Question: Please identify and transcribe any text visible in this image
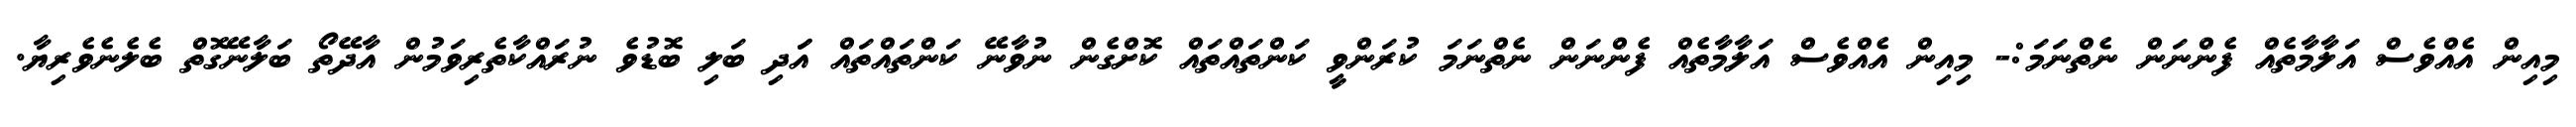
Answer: މިއިން އެއްވެސް އަލާމާތެއް ފެންނަން ނެތްނަމަ:- މިއިން އެއްވެސް އަލާމާތެއް ފެންނަން ނެތްނަމަ ކުރަންވީ ކަންތައްތައް ކޮށްގެން ނުވާނޭ ކަންތައްތައް އަަދި ބަލި ބޮޑުވެ ނުރައްކާތެރިވަމުން އާދޭތޯ ބަލާނޭގޮތް ބެލެނެވެރިޔާ.